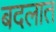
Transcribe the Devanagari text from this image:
बदलात